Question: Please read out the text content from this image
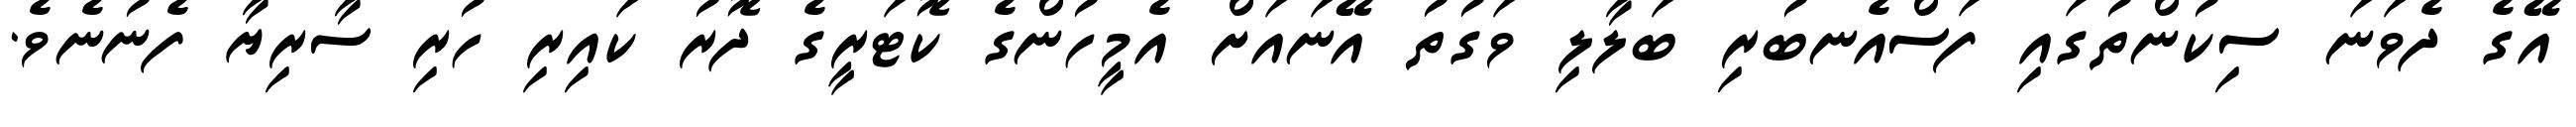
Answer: އޭގެ ދެވަނަ ސިކުންތުގައި ފަސްއެނބުރި ބަލާލި ވަގުތު އޭނައަށް އެމީހުންގެ ކޮޓަރީގެ ދޮރު ކައިރި ހުރި ސާރިޔާ ފެނުނެވެ.